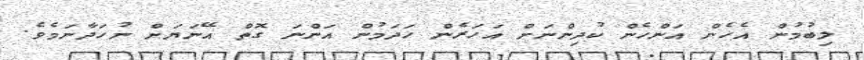
ލިބުމުން އެހެން އަންހެން ކުދިންނަށް އަހަރެން ހަދަމުން އަންނަ ގޮތް އޭނަޔަށް ނުހަދާނަމެވެ.